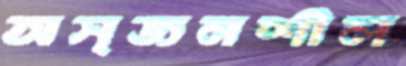
অসৃজনশীল